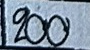
200